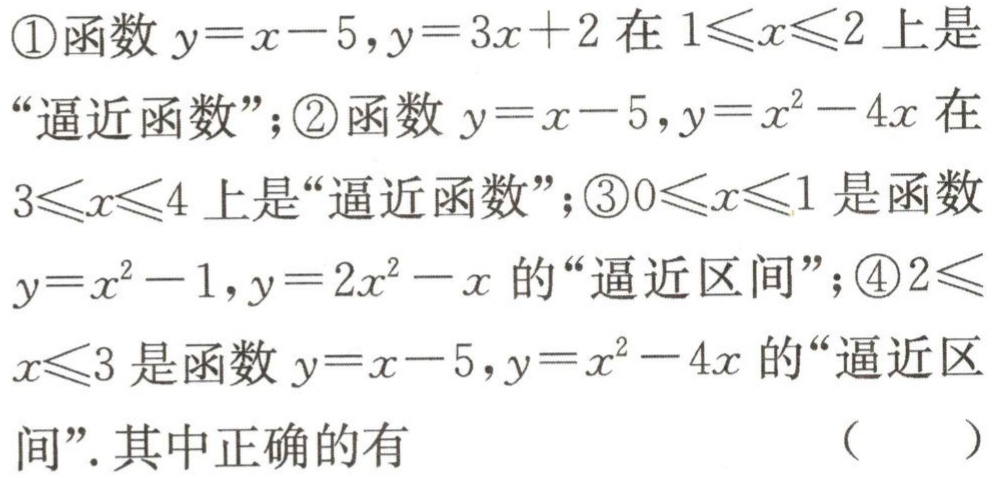
\textcircled{1}函数$y = x - 5,y = 3x + 2$在$1\leqslant x\leqslant 2$上是“逼近函数”；\textcircled{2}函数$y = x - 5,y = x^{2}-4x$在$3\leqslant x\leqslant 4$上是“逼近函数”；\textcircled{3}$0\leqslant x\leqslant 1$是函数$y = x^{2}-1,y = 2x^{2}-x$的“逼近区间”；\textcircled{4}$2\leqslant x\leqslant 3$是函数$y = x - 5,y = x^{2}-4x$的“逼近区间”.其中正确的有（  ）